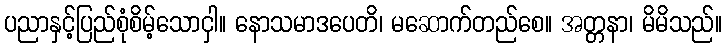
ပညာနှင့်ပြည်စုံစိမ့်သောငှါ။ နောသမာဒပေတိ၊ မဆောက်တည်စေ။ အတ္တနာ၊ မိမိသည်။